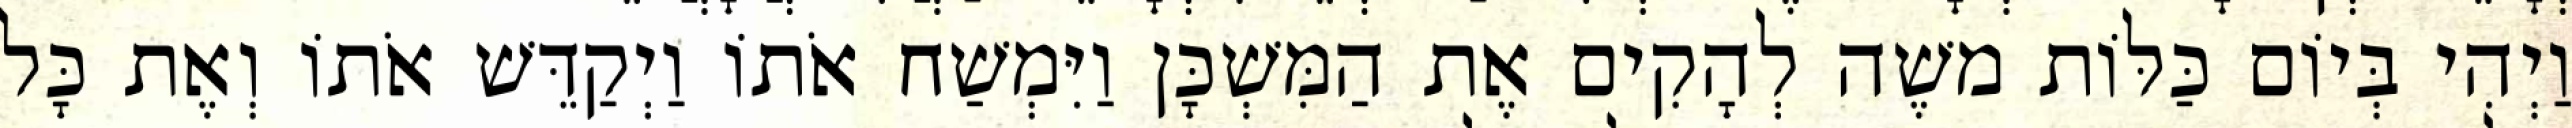
וַיְהִי בְּיוֹם כַּלּוֹת משֶׁה לְהָקִים אֶת הַמִּשְׁכָּן וַיִּמְשַׁח אֹתוֹ וַיְקַדֵּשׁ אֹתוֹ וְאֶת כָּל